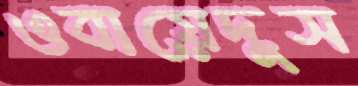
ওবায়েদুস